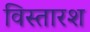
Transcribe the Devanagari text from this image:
विस्तारश